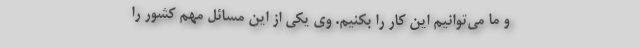
و ما می‌توانیم این کار را بکنیم. وی یکی از این مسائل مهم کشور را